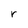
Character: r